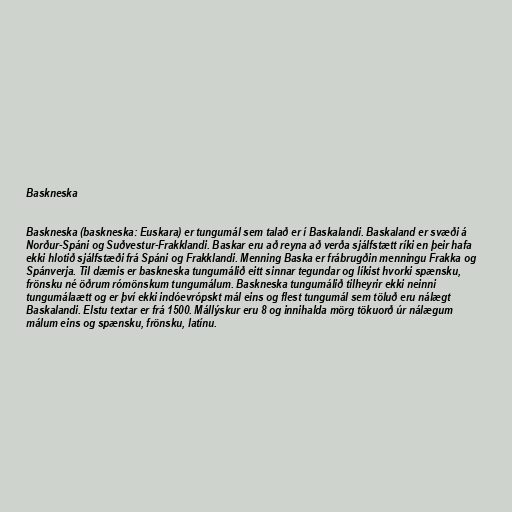
Baskneska

Baskneska (baskneska: Euskara) er tungumál sem talað er í Baskalandi. Baskaland er svæði á
Norður-Spáni og Suðvestur-Frakklandi. Baskar eru að reyna að verða sjálfstætt ríki en þeir hafa
ekki hlotið sjálfstæði frá Spáni og Frakklandi. Menning Baska er frábrugðin menningu Frakka og
Spánverja. Til dæmis er baskneska tungumálið eitt sinnar tegundar og líkist hvorki spænsku,
frönsku né öðrum rómönskum tungumálum. Baskneska tungumálið tilheyrir ekki neinni
tungumálaætt og er því ekki indóevrópskt mál eins og flest tungumál sem töluð eru nálægt
Baskalandi. Elstu textar er frá 1500. Mállýskur eru 8 og innihalda mörg tökuorð úr nálægum
málum eins og spænsku, frönsku, latínu.